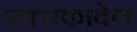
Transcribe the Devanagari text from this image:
एक्सकावेटा